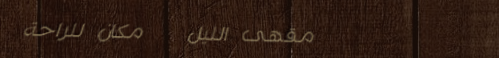
مقهى الليل   مكان للراحة